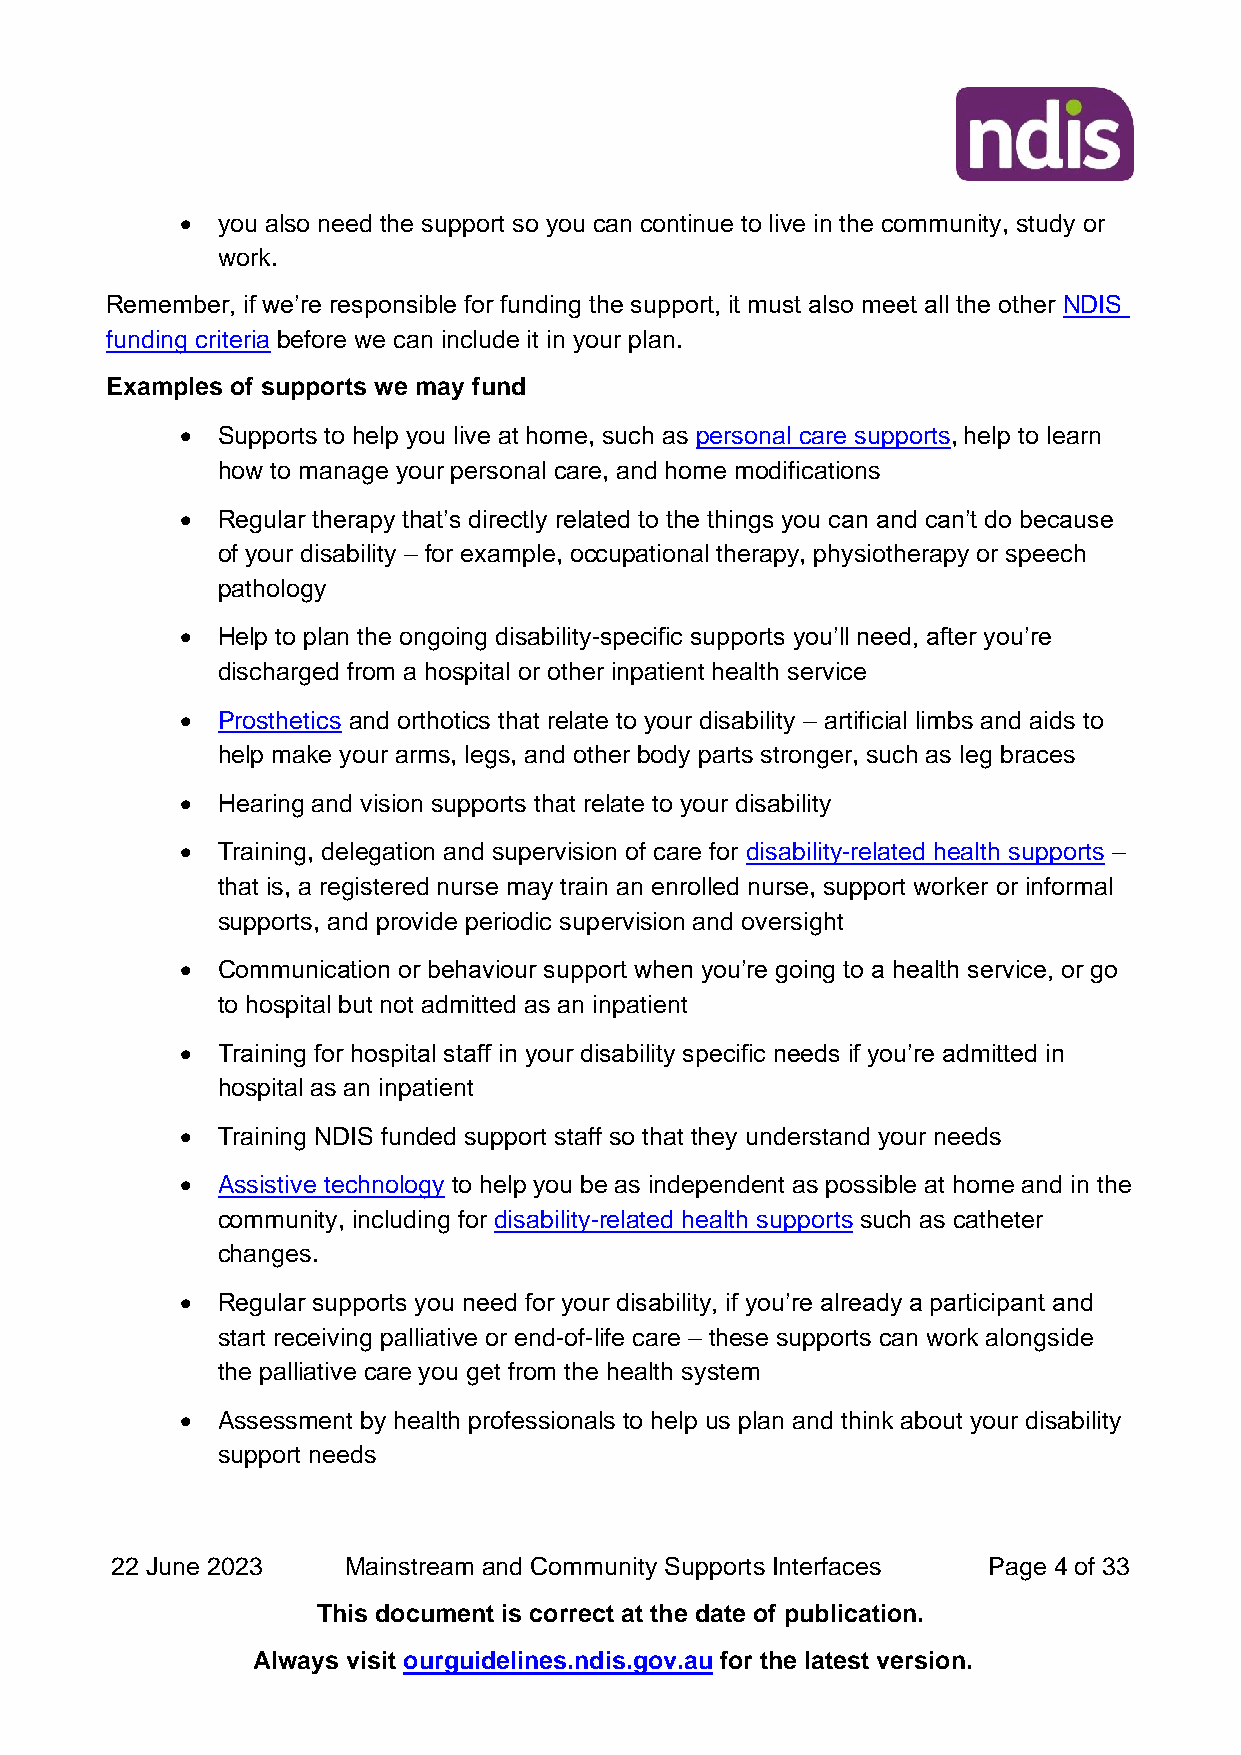
• you also need the support so you can continue to live in the community, study or
 work.
 Remember, if we’re responsible for funding the support, it must also meet all the other NDIS
 funding criteria before we can include it in your plan.
 Examples of supports we may fund
 • Supports to help you live at home, such as personal care supports, help to learn
 how to manage your personal care, and home modifications
 • Regular therapy that’s directly related to the things you can and can’t do because
 of your disability – for example, occupational therapy, physiotherapy or speech
 pathology
 • Help to plan the ongoing disability-specific supports you’ll need, after you’re
 discharged from a hospital or other inpatient health service
 • Prosthetics and orthotics that relate to your disability – artificial limbs and aids to
 help make your arms, legs, and other body parts stronger, such as leg braces
 • Hearing and vision supports that relate to your disability
 • Training, delegation and supervision of care for disability-related health supports –
 that is, a registered nurse may train an enrolled nurse, support worker or informal
 supports, and provide periodic supervision and oversight
 • Communication or behaviour support when you’re going to a health service, or go
 to hospital but not admitted as an inpatient
 • Training for hospital staff in your disability specific needs if you’re admitted in
 hospital as an inpatient
 • Training NDIS funded support staff so that they understand your needs
 • Assistive technology to help you be as independent as possible at home and in the
 community, including for disability-related health supports such as catheter
 changes.
 • Regular supports you need for your disability, if you’re already a participant and
 start receiving palliative or end-of-life care – these supports can work alongside
 the palliative care you get from the health system
 • Assessment by health professionals to help us plan and think about your disability
 support needs
 22 June 2023    Mainstream and Community Supports Interfaces Page 4 of 33
 This document is correct at the date of publication.
 Always visit ourguidelines.ndis.gov.au for the latest version.